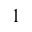
_ 1